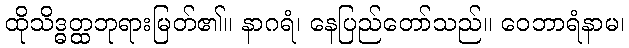
ထိုသိဒ္ဓတ္ထဘုရားမြတ်၏။ နာဂရံ၊ နေပြည်တော်သည်။ ဝေဘာရံနာမ၊